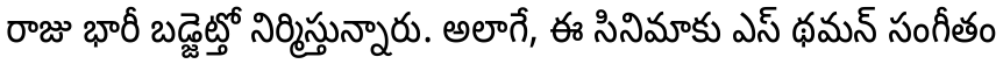
రాజు భారీ బడ్జెట్తో నిర్మిస్తున్నారు. అలాగే, ఈ సినిమాకు ఎస్ థమన్ సంగీతం